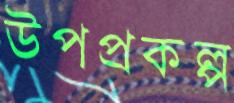
উপপ্রকল্প